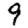
Digit: 9